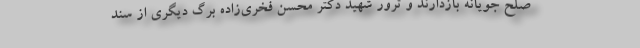
صلح جویانه بازدارند و ترور شهید دکتر محسن فخری‌زاده برگ دیگری از سند